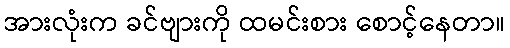
အားလုံးက ခင်ဗျားကို ထမင်းစား စောင့်နေတာ။